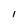
Character: I